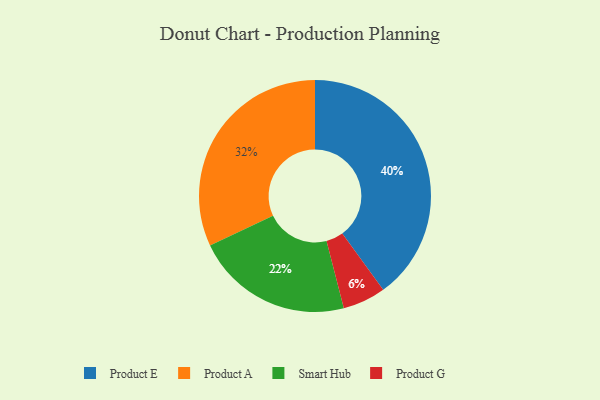
{"axis": {"x": "Category", "y": "Percentage"}, "legend": ["Product A", "Product E", "Product G", "Smart Hub"], "data": [{"x": "Product G", "y": 6, "type": "Product G"}, {"x": "Product E", "y": 40, "type": "Product E"}, {"x": "Smart Hub", "y": 22, "type": "Smart Hub"}, {"x": "Product A", "y": 32, "type": "Product A"}]}